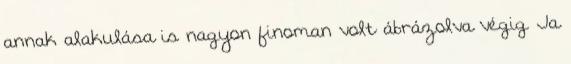
annak alakulása is nagyon finoman volt ábrázolva végig. Ja